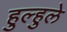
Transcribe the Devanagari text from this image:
हुल्हुले